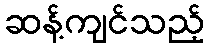
ဆန့်ကျင်သည့်